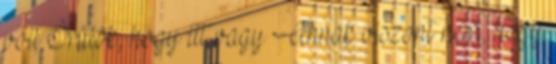
volt Örülök, hogy itt vagy Annak viszont nem, hogy